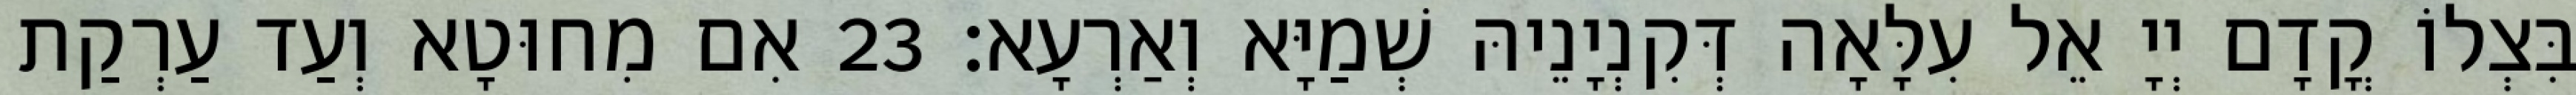
בִּצְלוֹ קֳדָם יְיָ אֵל עִלָּאָה דְּקִנְיָנֵיהּ שְׁמַיָּא וְאַרְעָא׃ 23 אִם מִחוּטָא וְעַד עַרְקַת